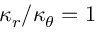
\kappa _ { r } / \kappa _ { \theta } = 1